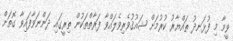
ވީމާ މި ފުޅަނދު ތައްޔާރު ކުރުމަށް ޝައުޤުވެރިވެލައްވާ ފަރާތްތަކުން ތިރީގައި ދަންނަވާފައިވާ ގޮތަށް